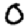
Digit: 0